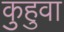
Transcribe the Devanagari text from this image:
कुहुवा